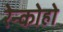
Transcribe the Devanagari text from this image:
रेन्कोहो